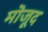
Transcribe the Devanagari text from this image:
मॊजूद